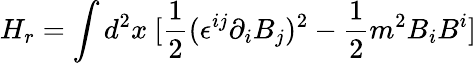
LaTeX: H_{r}=\int d^{2}x~[\frac{1}{2}(\epsilon^{ij}\partial_{i}B_{j})^{2}-\frac{1}{2}m^{2}B_{i}B^{i}]